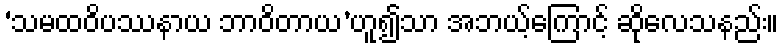
‘သမထဝိပဿနာယ ဘာဝိတာယ’ဟူ၍သာ အဘယ့်ကြောင့် ဆိုလေသနည်း။